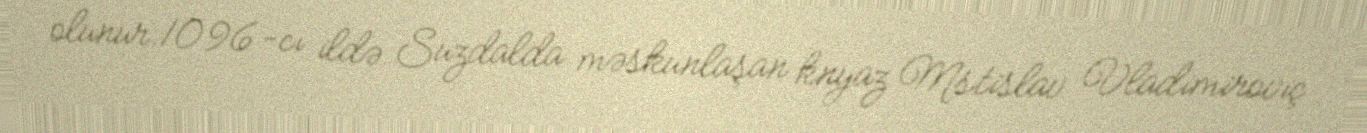
olunur.1096-cı ildə Suzdalda məskunlaşan knyaz Mstislav Vladimiroviç